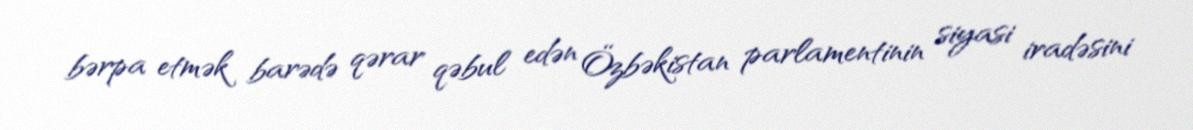
bərpa etmək barədə qərar qəbul edən Özbəkistan parlamentinin siyasi iradəsini